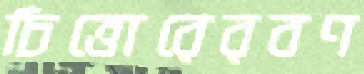
চিত্তোরেরবণ